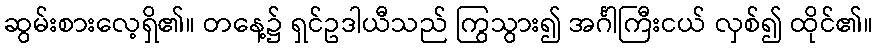
ဆွမ်းစားလေ့ရှိ၏။ တနေ့၌ ရှင်ဥဒါယီသည် ကြွသွား၍ အင်္ဂါကြီးငယ် လှစ်၍ ထိုင်၏။